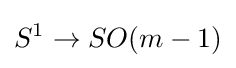
S^{1}\to SO(m-1)